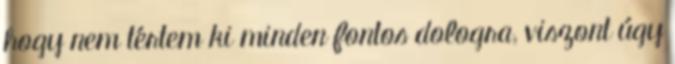
hogy nem tértem ki minden fontos dologra, viszont úgy